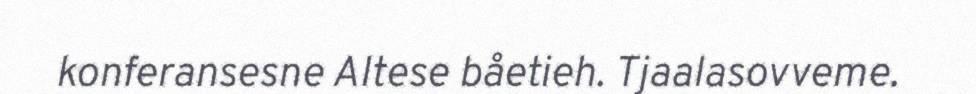
konferansesne Altese båetieh. Tjaalasovveme.